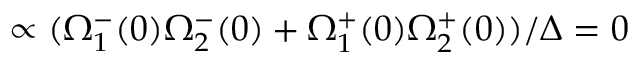
\propto ( \Omega _ { 1 } ^ { - } ( 0 ) \Omega _ { 2 } ^ { - } ( 0 ) + \Omega _ { 1 } ^ { + } ( 0 ) \Omega _ { 2 } ^ { + } ( 0 ) ) / \Delta = 0